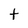
Character: t